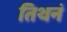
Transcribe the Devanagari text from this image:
तिथनं